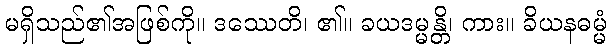
မရှိသည်၏အဖြစ်ကို။ ဒဿေတိ၊ ၏။ ခယဒမ္မန္တိ၊ ကား။ ခိယနဓမ္မံ